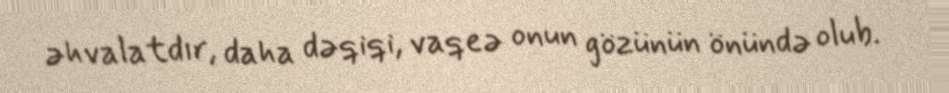
əhvalatdır, daha dəqiqi, vaqeə onun gözünün önündə olub.